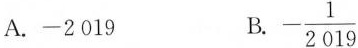
A.-2019 B. $$- \frac{1}{2019}$$